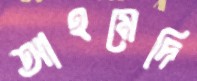
আহমেদি